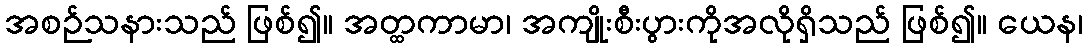
အစဉ်သနားသည် ဖြစ်၍။ အတ္ထကာမာ၊ အကျိုးစီးပွားကိုအလိုရှိသည် ဖြစ်၍။ ယေန၊